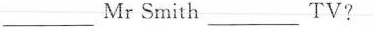
___ Mr Smith ___ TV?